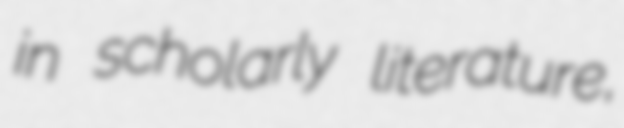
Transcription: in scholarly literature,